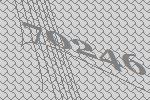
70246